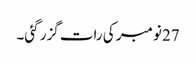
27 نومبر کی رات گزر گئی۔